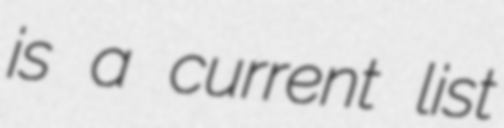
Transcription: is a current list